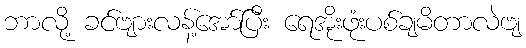
ဘာလို့ ခင်ဗျားလန့်အော်ပြီး ရေအိုးဖုံးပစ်ချမိတာလဲဗျ